NAE_EAOK_eestikeelsed_sunnimeetrikad, lk 211
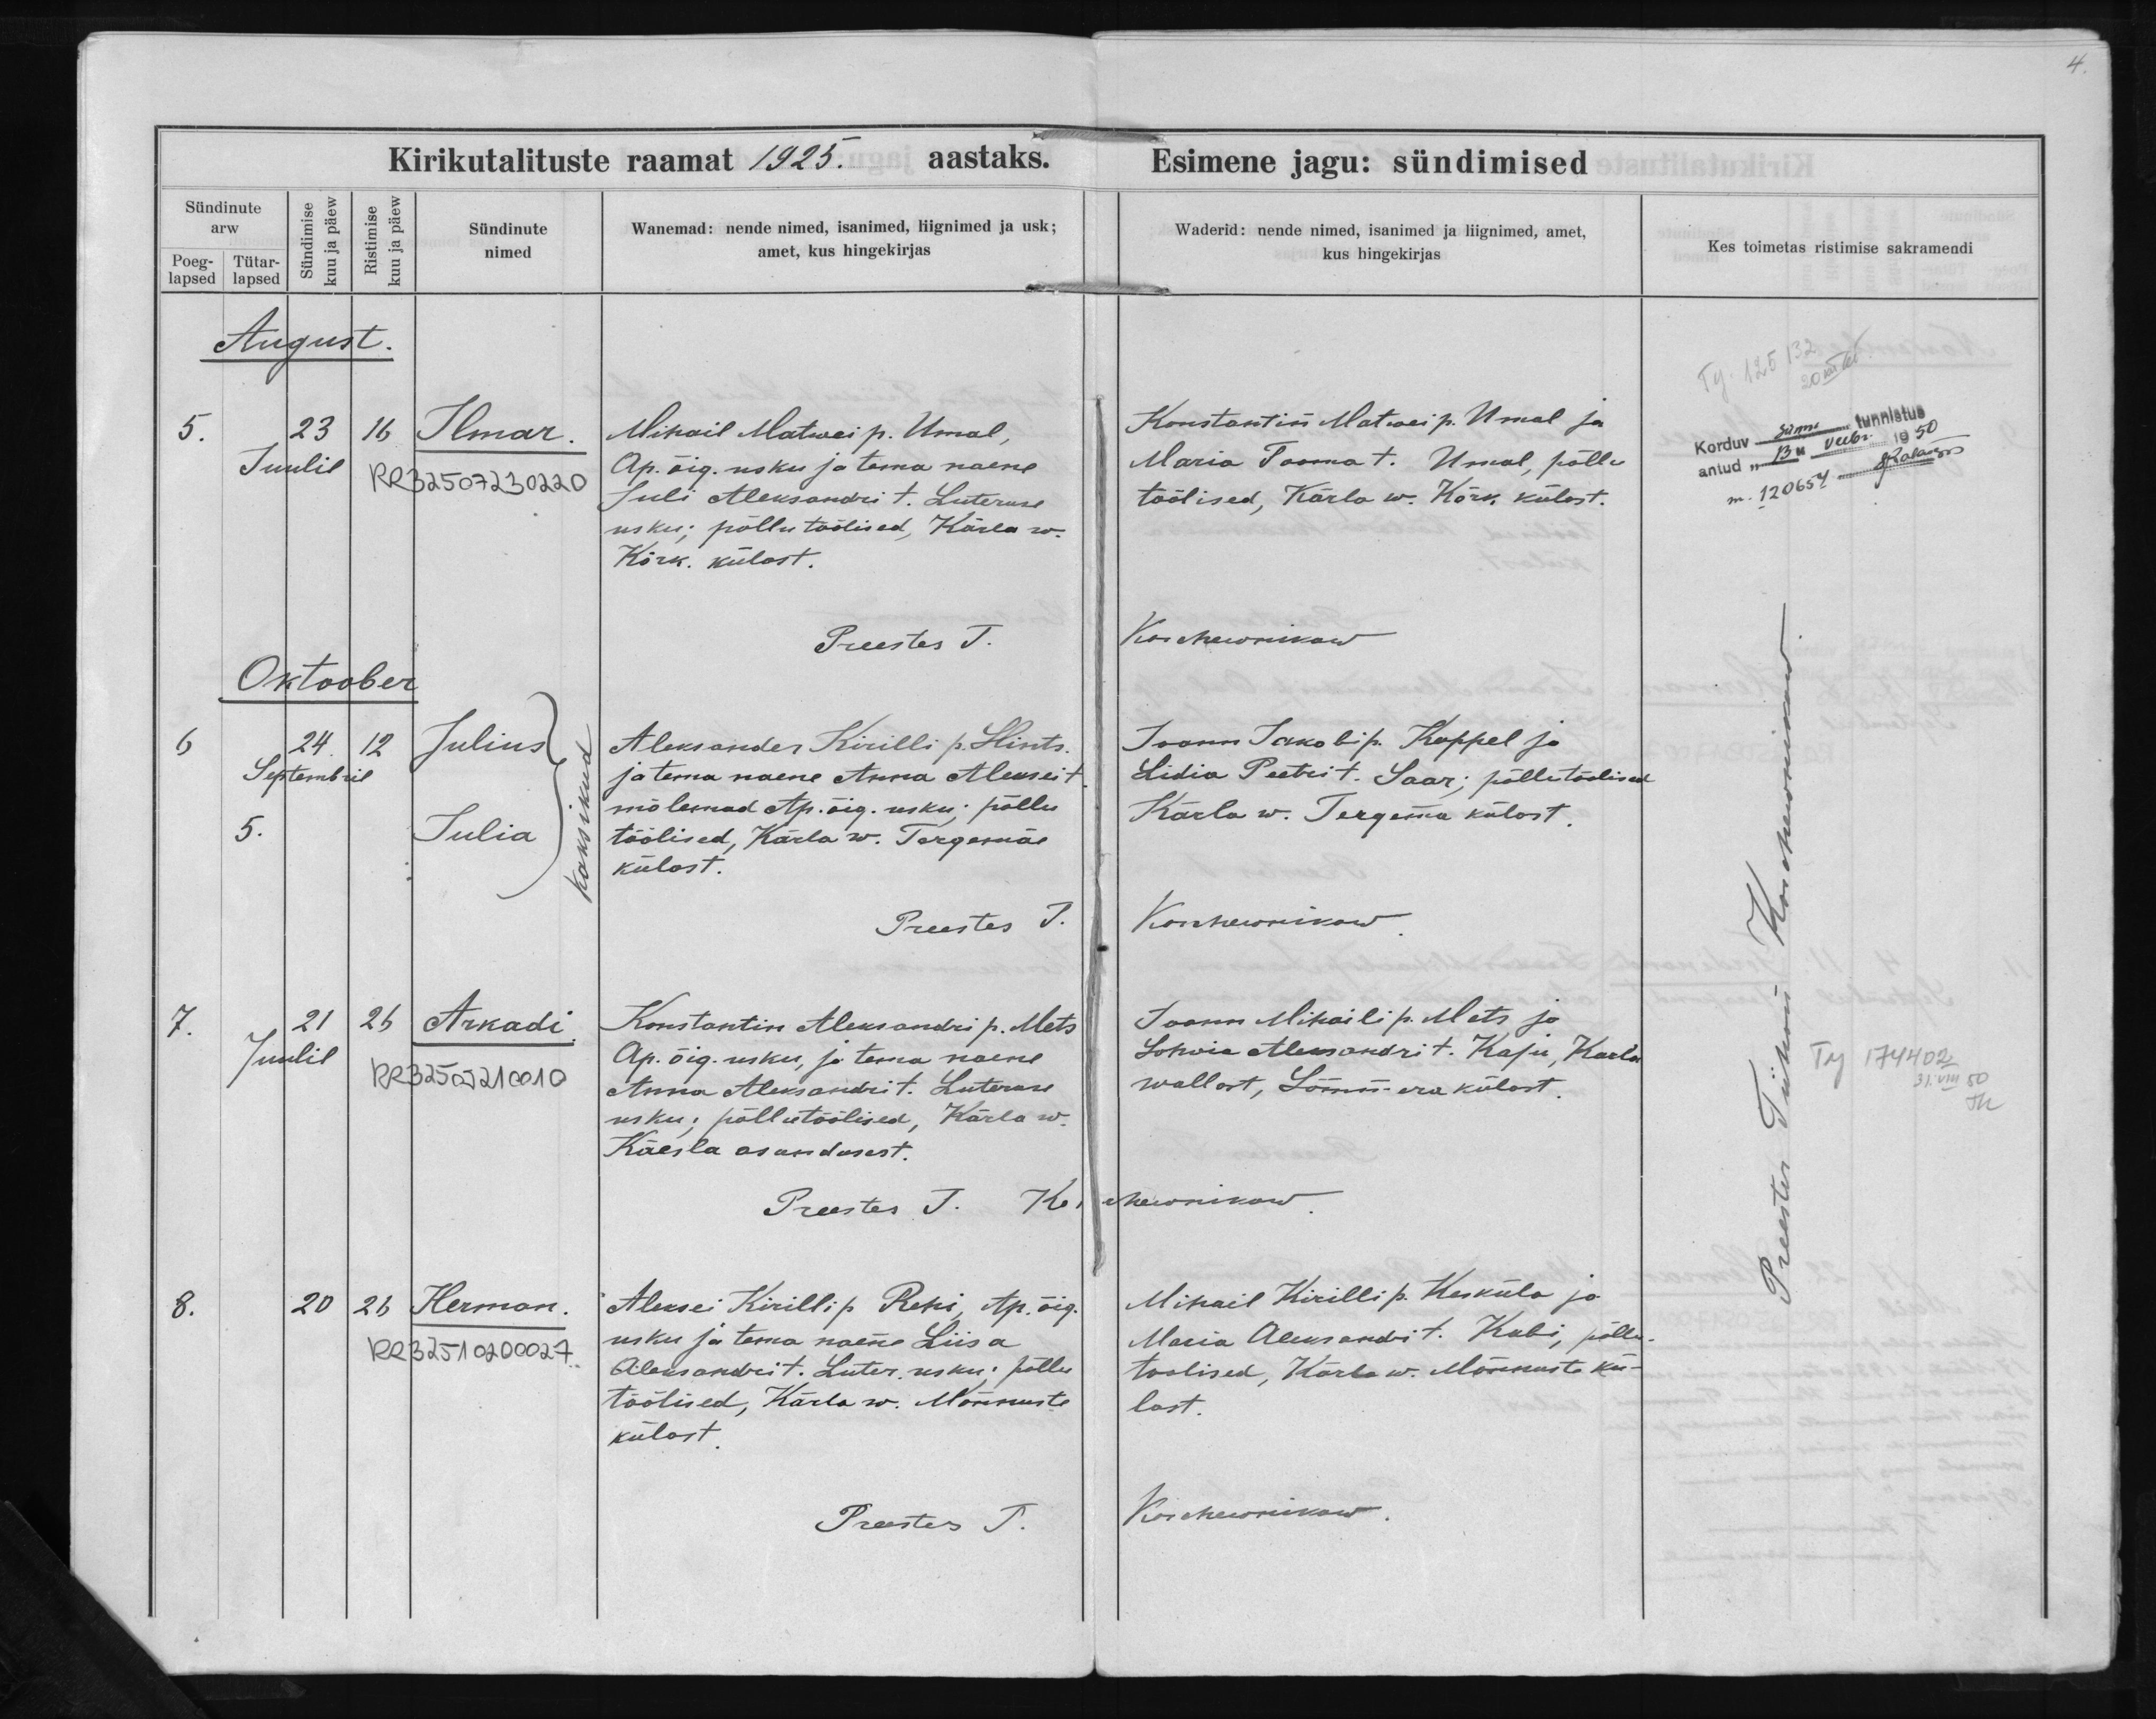
Ilmar

Julius
Julia

Arkadi

Herman

Mihail Matwei p. Umal,
Ap. õig. usku ja tema naene
Juli Aleksandri t. Luteruse
usku; põllutöölised, Kärla w.
Kõrk. külast.

Aleksander Kirilli p. Hints
ja tema naene Anna Aleksei t.
mõlemad Ap. õig usku; põllu-
töölised, Kärla w. Targamäe
külast.

Konstantin Aleksandri p. Mets
Ap. õig. usku, ja tema naene
Anna Aleksandri t. Luteruse
usku; põllutöölised, Kärla w.
Käesla asundusest.

Aleksei Kirilli p Rehi, Ap. õig.
usku ja tema naene Liisa
Aleksandri t. Luter. usku; põllu
töölised, Kärla w. Mõnnuste
külast.